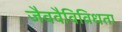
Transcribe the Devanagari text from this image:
जैववैविविधता